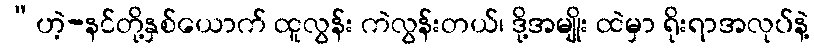
“ဟဲ့-နင်တို့နှစ်ယောက် ထူလွန်း ကဲလွန်းတယ်၊ ဒို့အမျိုး ထဲမှာ ရိုးရာအလုပ်နဲ့